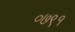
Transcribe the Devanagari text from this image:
०७९१